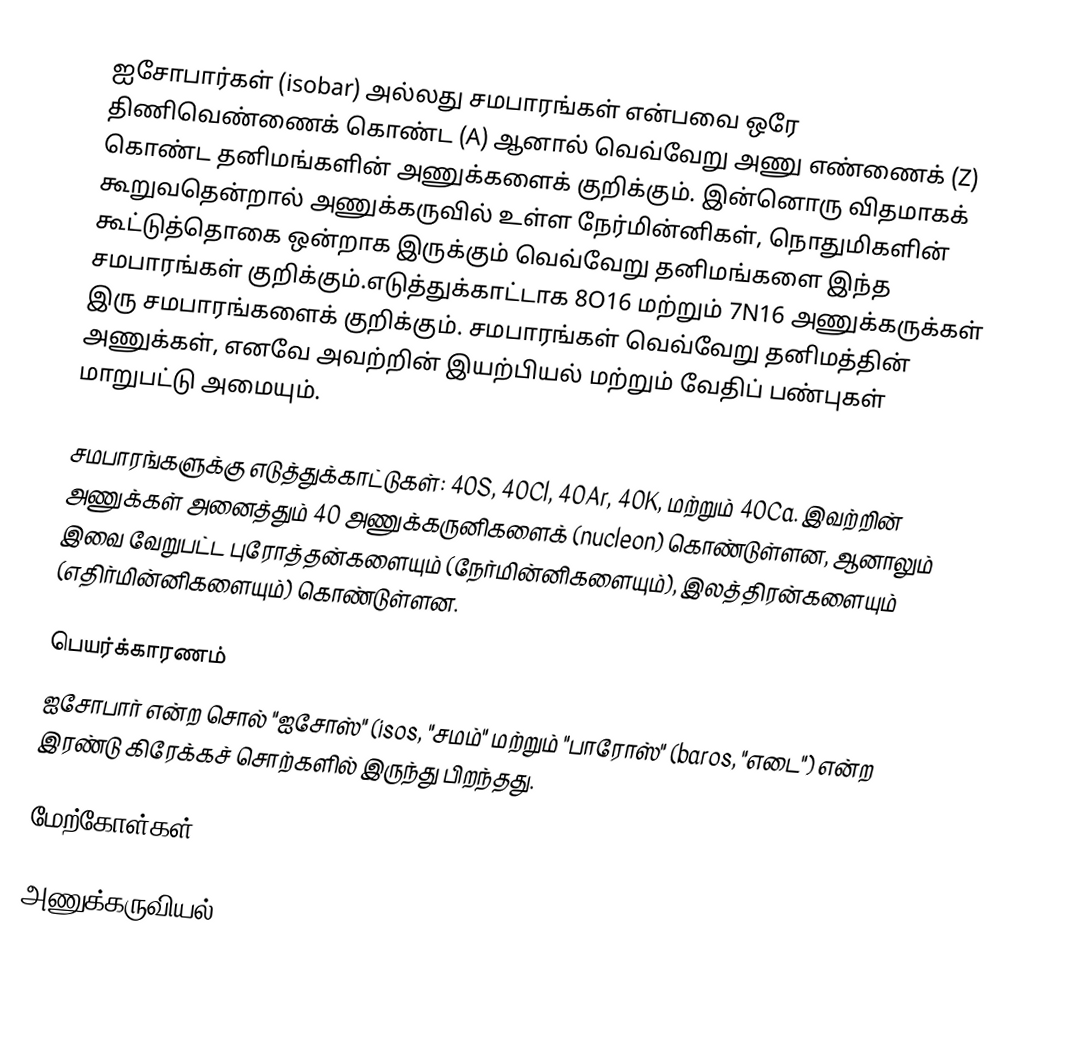
ஐசோபார்கள் (isobar) அல்லது சமபாரங்கள் என்பவை ஒரே திணிவெண்ணைக் கொண்ட (A) ஆனால் வெவ்வேறு அணு எண்ணைக் (Z)  கொண்ட தனிமங்களின் அணுக்களைக் குறிக்கும். இன்னொரு விதமாகக் கூறுவதென்றால் அணுக்கருவில் உள்ள நேர்மின்னிகள், நொதுமிகளின் கூட்டுத்தொகை ஒன்றாக இருக்கும் வெவ்வேறு தனிமங்களை இந்த சமபாரங்கள் குறிக்கும்.எடுத்துக்காட்டாக  8O16 மற்றும் 7N16 அணுக்கருக்கள் இரு சமபாரங்களைக் குறிக்கும். சமபாரங்கள் வெவ்வேறு தனிமத்தின் அணுக்கள், எனவே அவற்றின் இயற்பியல் மற்றும் வேதிப் பண்புகள் மாறுபட்டு அமையும்.

சமபாரங்களுக்கு எடுத்துக்காட்டுகள்: 40S, 40Cl, 40Ar, 40K, மற்றும் 40Ca. இவற்றின் அணுக்கள் அனைத்தும் 40 அணுக்கருனிகளைக் (nucleon) கொண்டுள்ளன, ஆனாலும் இவை வேறுபட்ட புரோத்தன்களையும் (நேர்மின்னிகளையும்), இலத்திரன்களையும் (எதிர்மின்னிகளையும்) கொண்டுள்ளன.

பெயர்க்காரணம்
ஐசோபார் என்ற சொல் "ஐசோஸ்" (isos, "சமம்" மற்றும் "பாரோஸ்" (baros, "எடை") என்ற இரண்டு கிரேக்கச் சொற்களில் இருந்து பிறந்தது.

மேற்கோள்கள்

அணுக்கருவியல்